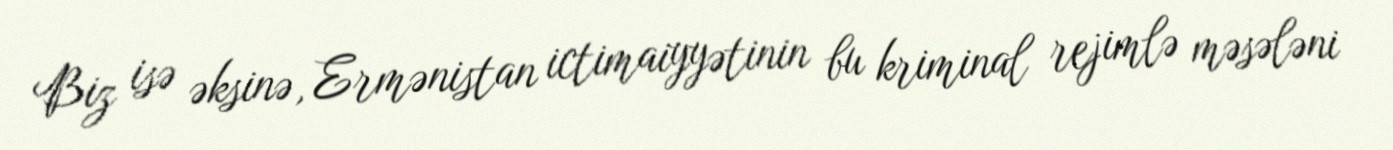
Biz isə əksinə, Ermənistan ictimaiyyətinin bu kriminal rejimlə məsələni